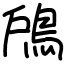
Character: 𩿇